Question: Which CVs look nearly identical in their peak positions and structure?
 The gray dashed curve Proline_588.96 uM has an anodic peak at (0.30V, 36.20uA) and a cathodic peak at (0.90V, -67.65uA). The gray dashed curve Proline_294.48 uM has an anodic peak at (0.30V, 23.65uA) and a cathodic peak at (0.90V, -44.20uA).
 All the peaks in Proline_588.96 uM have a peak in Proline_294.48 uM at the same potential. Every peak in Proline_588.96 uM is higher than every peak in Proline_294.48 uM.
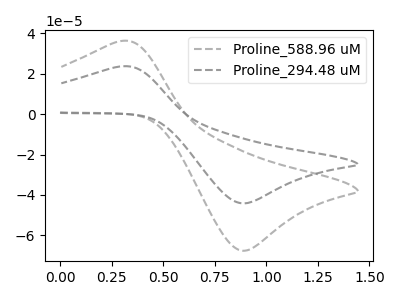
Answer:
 <answer>"Proline_588.96 uM" and "Proline_294.48 uM" have the same shape and are likely CV's of the same chemical.</answer>
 <eval>"Proline_588.96 uM" "Proline_294.48 uM"</eval>